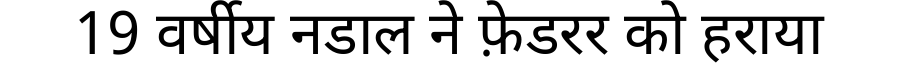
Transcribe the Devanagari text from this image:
19 वर्षीय नडाल ने फ़ेडरर को हराया